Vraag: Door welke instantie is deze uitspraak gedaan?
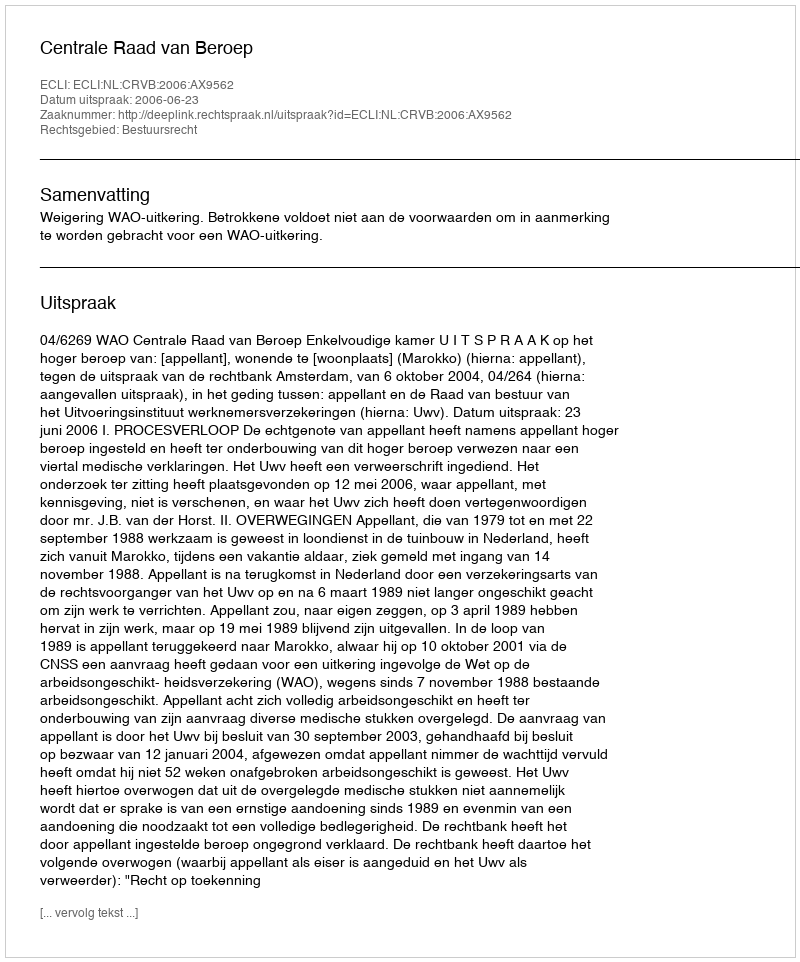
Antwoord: Centrale Raad van Beroep